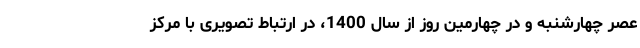
عصر چهارشنبه و در چهارمین روز از سال 1400، در ارتباط تصویری با مرکز